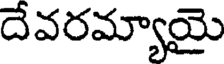
దేవరమ్యాయై